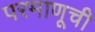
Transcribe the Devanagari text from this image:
परमाणूची